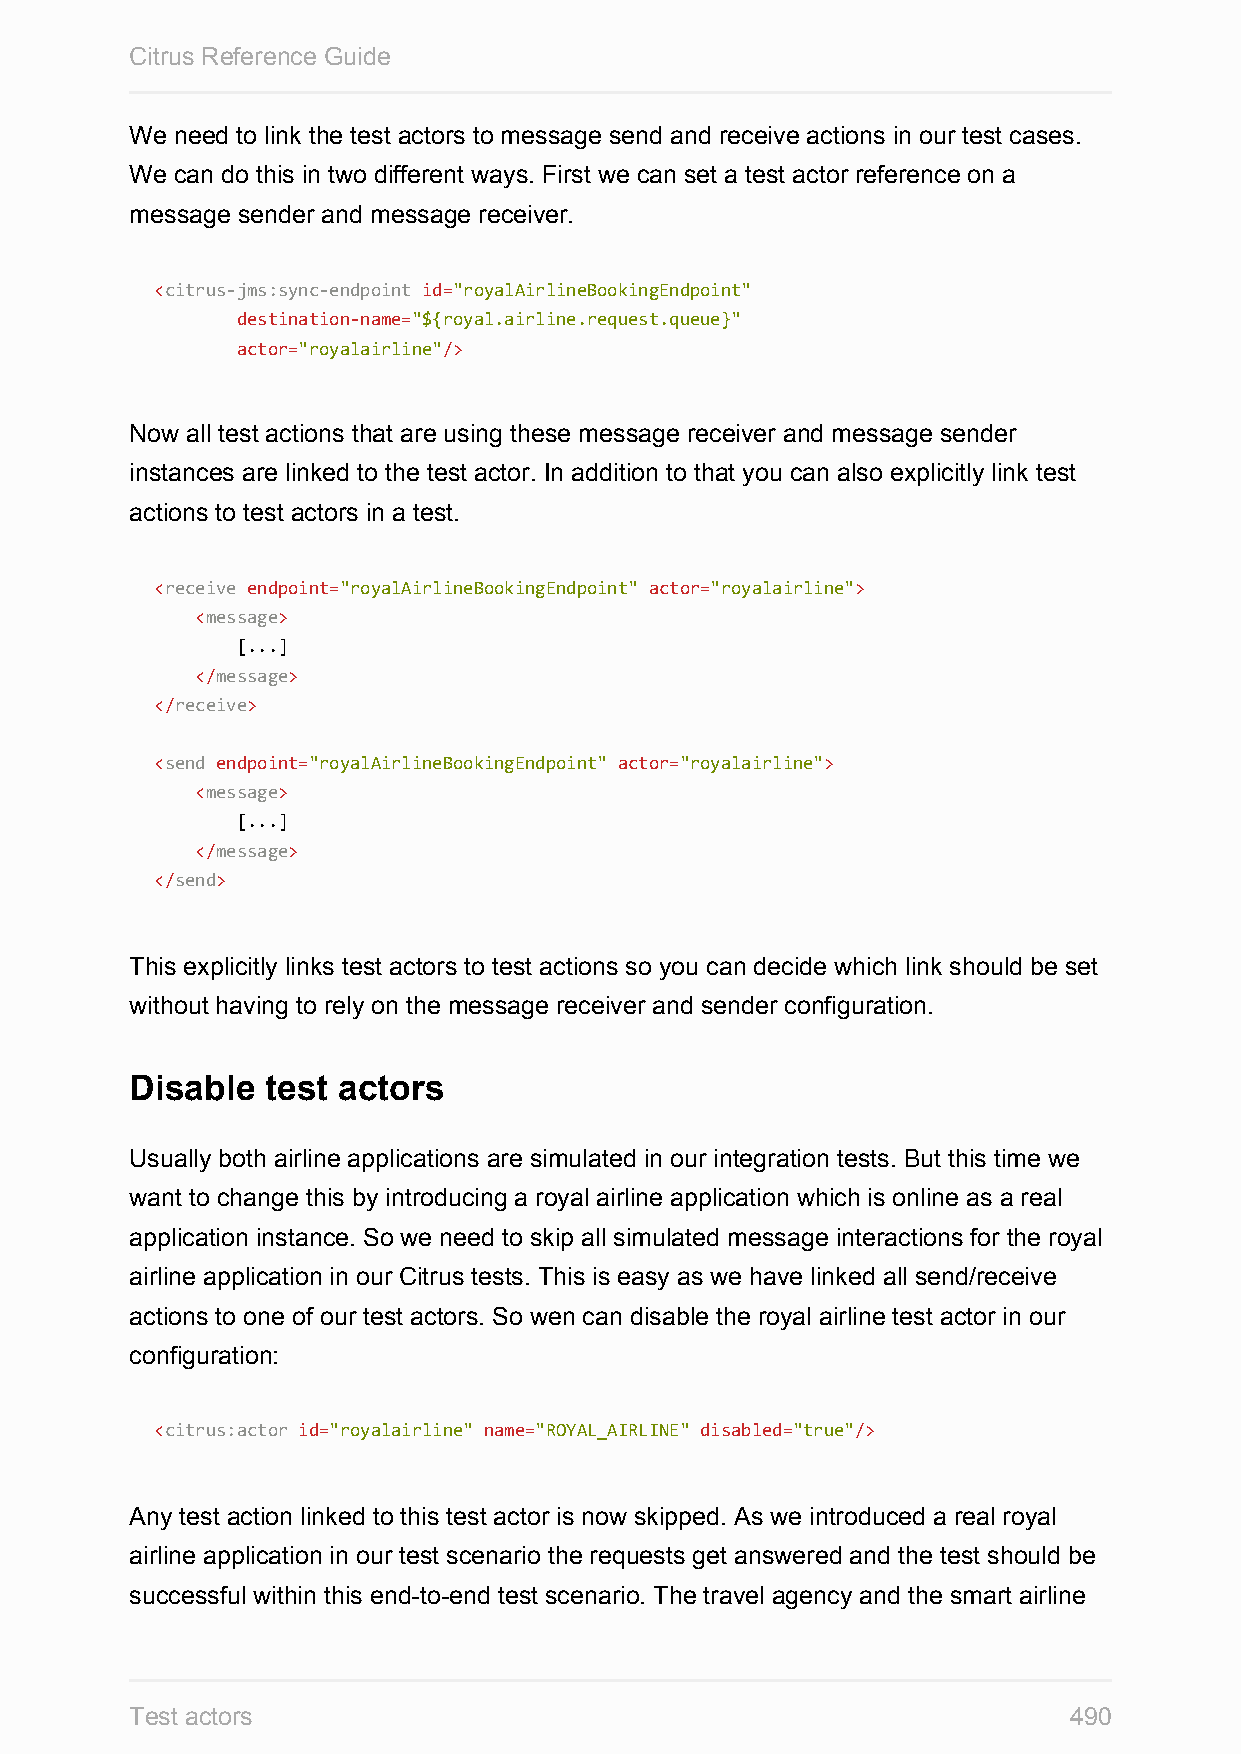
Citrus Reference Guide
 We need to link the test actors to message send and receive actions in our test cases.
 We can do this in two different ways. First we can set a test actor reference on a
 message sender and message receiver.
 <citrus-jms:sync-endpoint id="royalAirlineBookingEndpoint"
 destination-name="${royal.airline.request.queue}"
 actor="royalairline"/>
 Now all test actions that are using these message receiver and message sender
 instances are linked to the test actor. In addition to that you can also explicitly link test
 actions to test actors in a test.
 <receive endpoint="royalAirlineBookingEndpoint" actor="royalairline">
 <message>
 [...]
 </message>
 </receive>
 <send endpoint="royalAirlineBookingEndpoint" actor="royalairline">
 <message>
 [...]
 </message>
 </send>
 This explicitly links test actors to test actions so you can decide which link should be set
 without having to rely on the message receiver and sender configuration.
 Disable  test actors
 Usually both airline applications are simulated in our integration tests. But this time we
 want to change this by introducing a royal airline application which is online as a real
 application instance. So we need to skip all simulated message interactions for the royal
 airline application in our Citrus tests. This is easy as we have linked all send/receive
 actions to one of our test actors. So wen can disable the royal airline test actor in our
 configuration:
 <citrus:actor id="royalairline" name="ROYAL_AIRLINE" disabled="true"/>
 Any test action linked to this test actor is now skipped. As we introduced a real royal
 airline application in our test scenario the requests get answered and the test should be
 successful within this end-to-end test scenario. The travel agency and the smart airline
 Test actors                                                   490